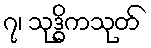
၇၊ သုဒ္ဓိကသုတ်